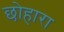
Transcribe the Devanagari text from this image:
छोहारा